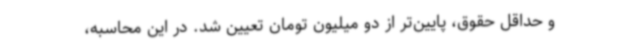
و حداقل حقوق، پایین‌تر از دو میلیون تومان تعیین شد. در این محاسبه‌،